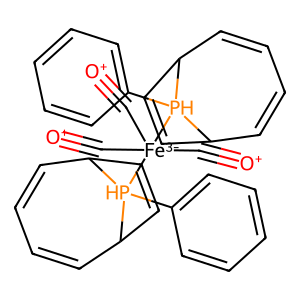
SMILES: [O+]#C[Fe-3](C#[O+])(C#[O+])([PH]1(c2ccccc2)C2C=CC=CC1C=C2)[PH]1(c2ccccc2)C2C=CC=CC1C=C2
Inhibits HIV replication: No